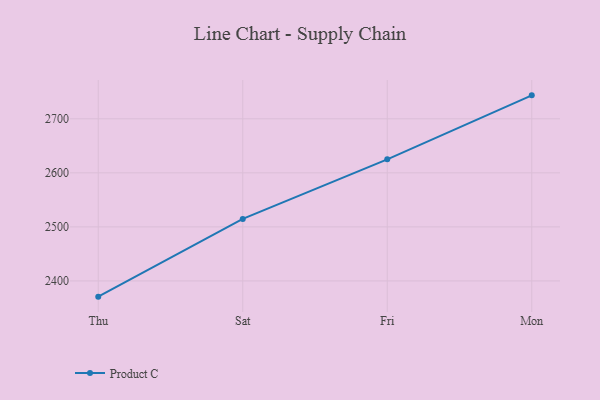
{"axis": {"x": "Day", "y": "Bounce Rate (%)"}, "legend": ["Product C"], "data": [{"x": "Thu", "y": 2370.9, "type": "Product C"}, {"x": "Sat", "y": 2514.7, "type": "Product C"}, {"x": "Fri", "y": 2625.0, "type": "Product C"}, {"x": "Mon", "y": 2743.4, "type": "Product C"}]}